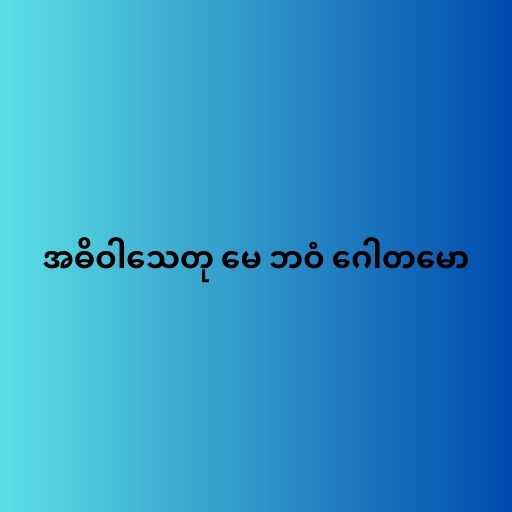
အဓိဝါသေတု မေ ဘဝံ ဂေါတမော